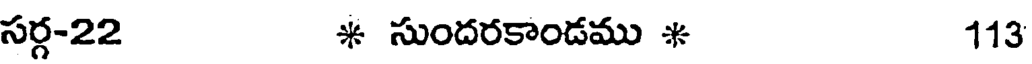
సర్గ-22 * సుందరకాండము * 113